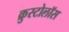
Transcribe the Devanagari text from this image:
क्रुस्टोलॉस